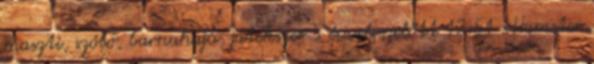
maszti, szóló, barnahajú, játékszer 5 évvel ezelőtt 12:51 xHamster